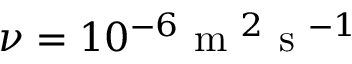
\nu = 1 0 ^ { - 6 } \textnormal { m } ^ { 2 } \textnormal { s } ^ { - 1 }